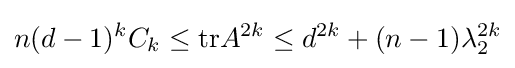
n(d-1)^{k}C_{k}\leq {\text{tr}}A^{2k}\leq d^{2k}+(n-1)\lambda _{2}^{2k}